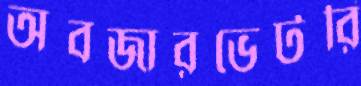
অবজারভেটরি